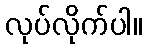
လုပ်လိုက်ပါ။